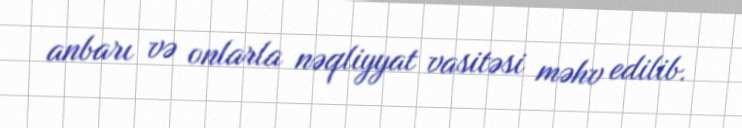
anbarı və onlarla nəqliyyat vasitəsi məhv edilib.